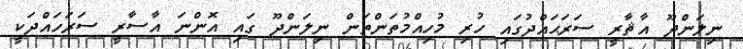
ނިލަންދޫ އާޘާރީ ސަރަޙައްދުގައި ހުރި މުހިއްމުތަންތަން ނިލަންދޫ ގައި އޮންނަ އާސާރީ ސަރަހައްދަކީ